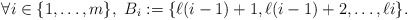
\begin{align*} \forall i \in \{1,\dots, m \}, \ B_i:=\{\ell (i-1)+1,\ell (i-1)+2, \dots, \ell i\}.\end{align*}